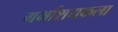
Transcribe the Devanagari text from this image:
गर्भाशयकला